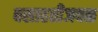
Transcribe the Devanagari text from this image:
वसाहतीजवळ